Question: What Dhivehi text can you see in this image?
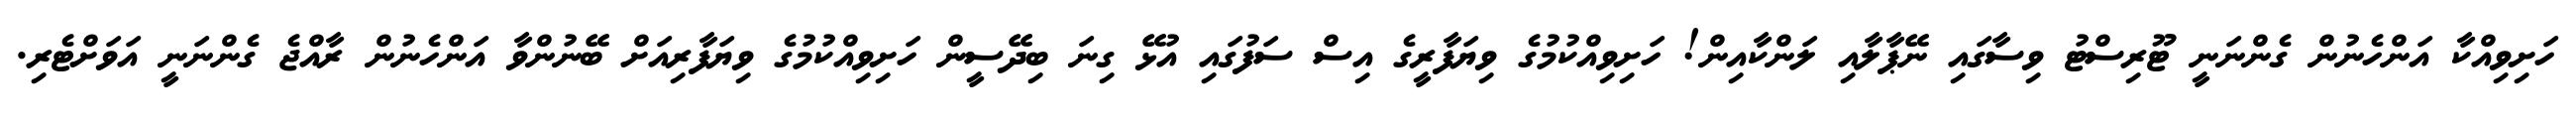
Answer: ހަށިވިއްކާ އަންހެނުން ގެންނަނީ ޓޫރިސްޓު ވިސާގައި ނޭޕާލާއި ލަންކާއިން! ހަށިވިއްކުމުގެ ވިޔަފާރީގެ އިސް ސަފުގައި އުޅޭ ގިނަ ބިދޭސީން ހަށިވިއްކުމުގެ ވިޔަފާރިއަށް ބޭނުންވާ އަންހެނުން ރާއްޖެ ގެންނަނީ އަވަށްޓެރި.